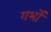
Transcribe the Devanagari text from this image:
गर्भों